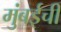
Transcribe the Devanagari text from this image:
मुुंबईची